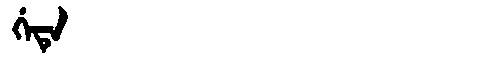
Manchu: ᡤᡝᡨᡝ
Romanization: GETE